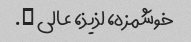
خوشمزه، لذیذ، عالی ….